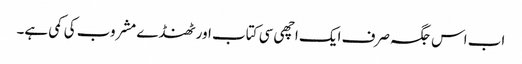
اب اس جگہ صرف ایک اچھی سی کتاب اور ٹھنڈے مشروب کی کمی ہے۔